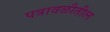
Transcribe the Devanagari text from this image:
पत्रावळीतील